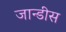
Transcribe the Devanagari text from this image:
जान्डीस